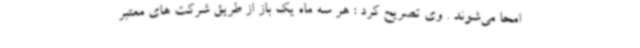
امحا می‌شوند . وی تصریح کرد : هر سه ماه یک باز از طریق شرکت های معتبر